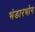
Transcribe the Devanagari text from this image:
भंडारभोग